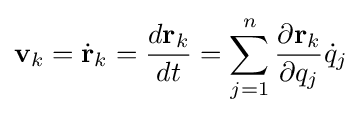
\mathbf {v} _{k}={\dot {\mathbf {r} }}_{k}={\frac {d\mathbf {r} _{k}}{dt}}=\sum _{j=1}^{n}{\frac {\partial \mathbf {r} _{k}}{\partial q_{j}}}{\dot {q}}_{j}